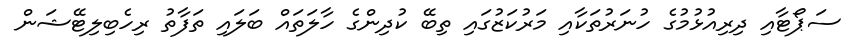
ސަޕޯޓާއި ދިރިއުޅުމުގެ ހުނަރުތަކާއި މަރުކަޒުގައި ތިބޭ ކުދިންގެ ހާލަތައް ބަލައި ތަފާތު ރިހެބިލިޓޭޝަން